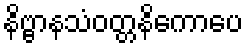
နိဗ္ဗာနသံဝတ္တနိကောပေ